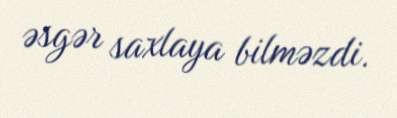
əsgər saxlaya bilməzdi.